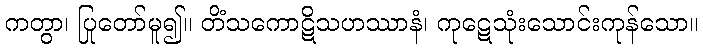
ကတွာ၊ ပြုတော်မူ၍။ တိံသကောဋိသဟဿာနံ၊ ကုဋေသုံးသောင်းကုန်သော။